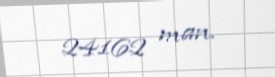
24162 man.